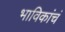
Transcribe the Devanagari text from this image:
भाविकांचं